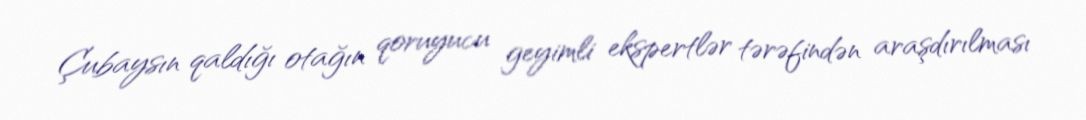
Çubaysın qaldığı otağın qoruyucu geyimli ekspertlər tərəfindən araşdırılması